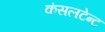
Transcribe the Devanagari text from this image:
कंसलटेन्ट